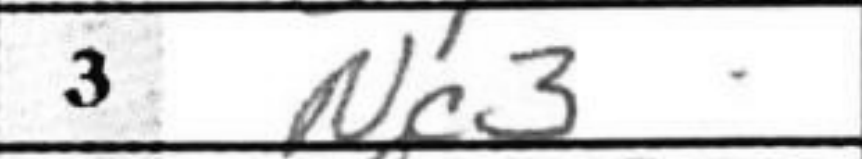
Transcription: Nc3